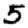
Digit: 5